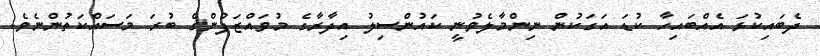
ދެބައިކުޅަ އެއްބައިހާ ކުޑަ އަގަކުން ނިންމާލެވުނީ ކައުންސިލު އިދާރާގެ މުވައްޒަފުންގެ ބުރަ މަސައްކަތުންނެވެ.